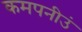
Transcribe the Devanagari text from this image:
कमपनीउं